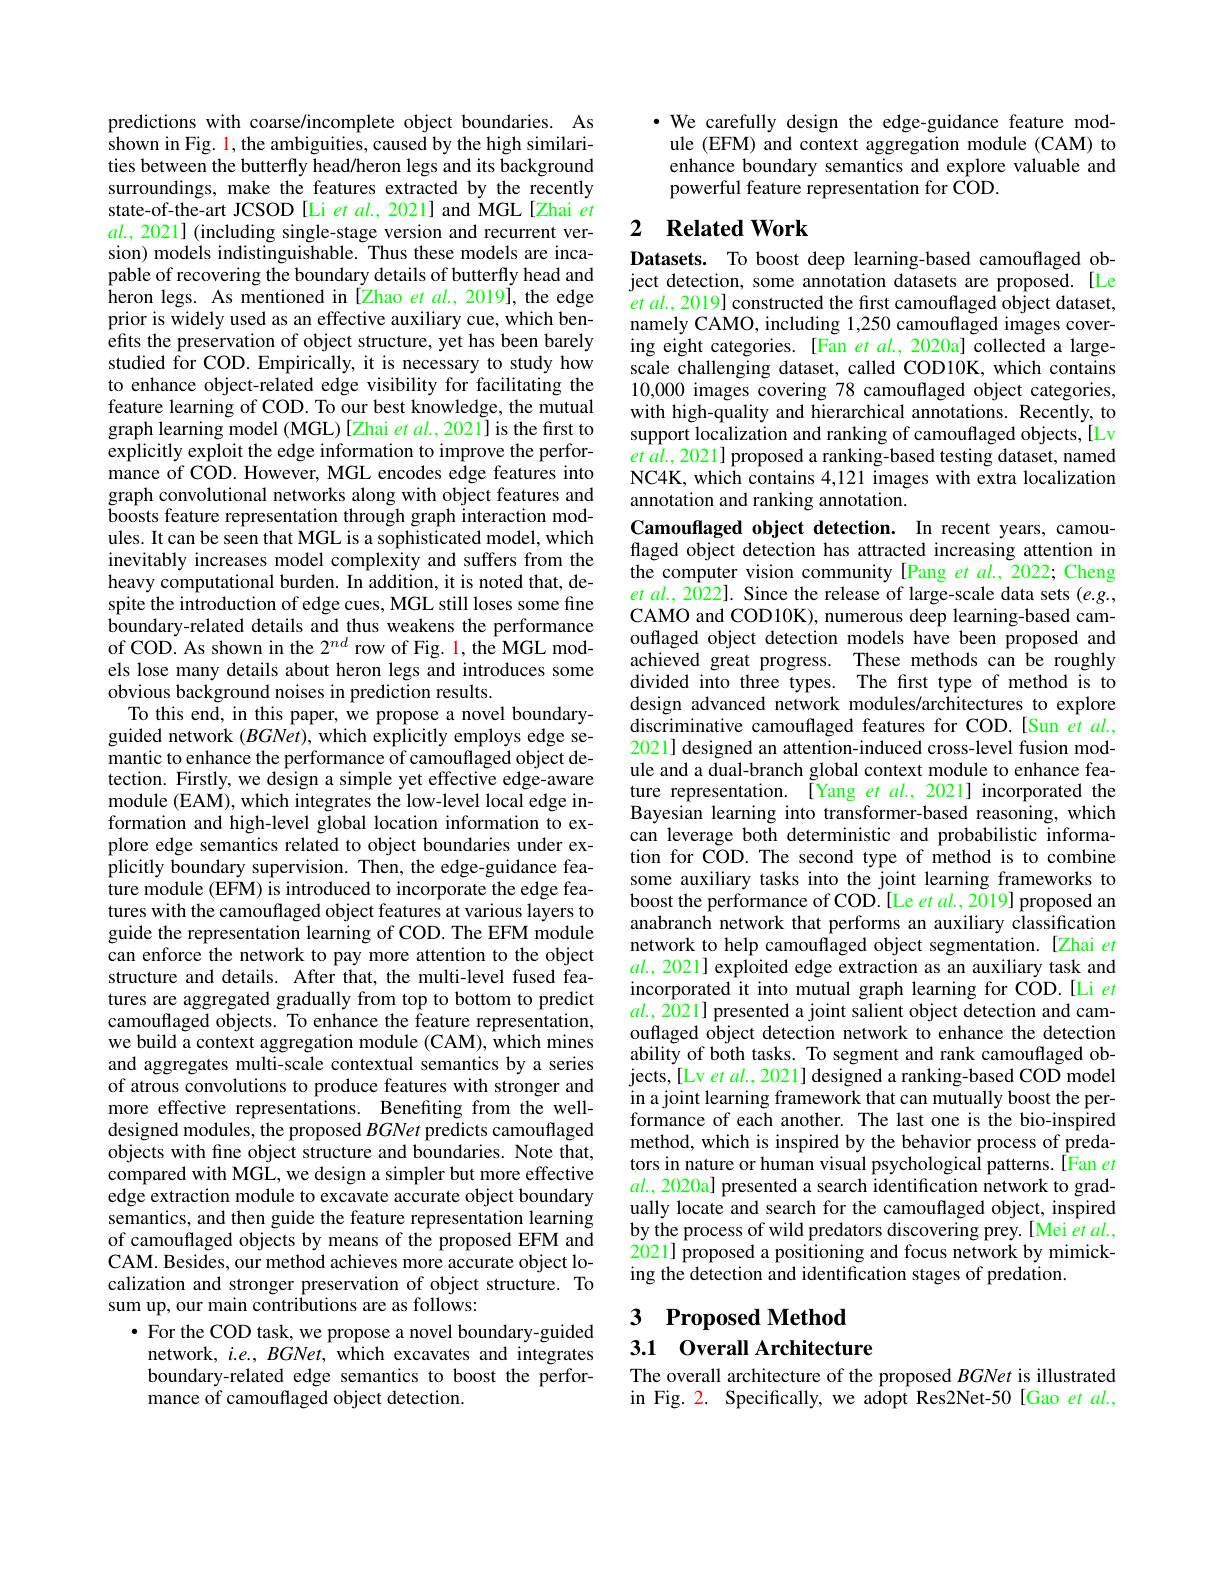
predictions with coarse/incomplete object boundaries. As shown in Fig. 1, the ambiguities, caused by the high similarities between the butterfly head/heron legs and its background surroundings, make the features extracted by the recently state-of-the-art JCSOD [Li et $al.$, 2021] and MGL[Zhai et $al.,2021]$ (including single-stage version and recurrent version) models indistinguishable. Thus these models are incapable of recovering the boundary details of butterfly head and $\hat{h}$eron legs. As mentioned in [ Zhao et al. , 2019] , the edge prior is widely used as an effective auxiliary cue, which benefits the preservation of object structure, yet has been barely studied for COD. Empirically, it is necessary to study how to enhance object-related edge visibility for facilitating the feature learning of COD. To our best knowledge, the mutual graph learning model (MGL)[Zhai et al., 2021] is the first to explicitly exploit the edge information to improve the performance of COD. However, MGL encodes edge features into graph convolutional networks along with object features and boosts feature representation through graph interaction modules. It can be seen that MGL is a sophisticated model, which inevitably increases model complexity and suffers from the heavy computational burden. In addition, it is noted that, despite the introduction of edge cues, MGL still loses some fine boundary-related details and thus weakens the performance of COD. As shown in the $2^{nd}$ row of Fig. 1, the MGL models lose many details about heron legs and introduces some obvious background noises in prediction results.
To this end, in this paper, we propose a novel boundaryguided network $(BGNet)$, which explicitly employs edge semantic to enhance the performance of camouflaged object detection. Firstly, we design a simple yet effective edge-aware module (EAM), which integrates the low-level local edge information and high-level global location information to explore edge semantics related to object boundaries under explicitly boundary supervision. Then, the edge-guidance feature module (EFM) is introduced to incorporate the edge features with the camouflaged object features at various layers to guide the representation learning of COD. The EFM module can enforce the network to pay more attention to the object structure and details. After that, the multi-level fused features are aggregated gradually from top to bottom to predict camouflaged objects. To enhance the feature representation, we build a context aggregation module (CAM), which mines and aggregates multi-scale contextual semantics by a series of atrous convolutions to produce features with stronger and more effective representations. Benefiting from the welldesigned modules, the proposed BGNet predicts camouflaged objects with fine object structure and boundaries. Note that, compared with MGL, we design a simpler but more effective edge extraction module to excavate accurate object boundary semantics, and then guide the feature representation learning of camouflaged objects by means of the proposed EFM and CAM. Besides, our method achieves more accurate object localization and stronger preservation of object structure. To sum up, our main contributions are as follows:
$\bullet$ For the COD task, we propose a novel boundary-guided
network, $i.e.,BGNet$, which excavates and integrates

boundary-related edge semantics to boost the perfor-
mance of camouflaged object detection.

·We carefully design the edge-guidance feature module (EFM) and context aggregation module (CAM) to enhance boundary semantics and explore valuable and powerful feature representation for $\hat{\mathrm{COD}}$

## 2 $\textbf{Related Work}$

Datasets. To boost deep learning-based camouflaged object detection, some annotation datasets are proposed. [Le $et\textit{ al. , 2019}]$ constructed the first camouflaged object dataset, namely CAMO, including 1,250 camouflaged images covering eight categories. [Fan et $al.,2020$a] collected a largescale challenging dataset, called COD10K, which contains 10,0000 images covering 78 camouflaged object categories, with high-quality and hierarchical annotations. Recently, to support localization and ranking of camouflaged objects,[Lv] $etal.,2021]$ proposed a ranking-based testing dataset, named NC4K, which contains 4,121 images with extra localization annotation and ranking annotation.
Camouflaged object detection. In recent years, camou-

flaged object detection has attracted increasing attention in the computer vision community [Pang et $al.,2022;$ Cheng $etal.,2022].$ Since the release of large-scale data sets (e.g., CAMO and COD10K), numerous deep learning-based camouflaged object detection models have been proposed and achieved great progress. These methods can be roughly divided into three types. The first type of method is to design advanced network modules/architectures to explore discriminative camouflaged features for COD.[Sun et $al.$, 2021]designed an attention-induced cross-level fusion module and a dual-branch global context module to enhance feature representation. [Yang et al., 2021] incorporated the Bayesian learning into transformer-based reasoning, which can leverage both deterministic and probabilistic information for COD. The second type of method is to combine some auxiliary tasks into the joint learning frameworks to boost the performance of COD.[Le et al., 2019] proposed an anabranch network that performs an auxiliary classification network to help camouflaged object segmentation. [Zhai et $al.$ 2021] exploited edge extraction as an auxiliary task and incorporated it into mutual graph learning for COD.[Li et $al.$, 2021] presented a joint salient object detection and camouflaged object detection network to enhance the detection ability of both tasks. To segment and rank camouflaged objects,[Lv et al., 2021] designed a ranking-based COD model in a joint learning framework that can mutually boost the performance of each another. The last one is the bio-inspired method, which is inspired by the behavior process of predators in nature or human visual psychological patterns. [Fan et $al.,2020$a] presented a search identification network to gradually locate and search for the camouflaged object, inspired by the process of wild predators discovering prey. [Mei et $al.$, 2021] proposed a positioning and focus network by mimicking the detection and identification stages of predation
3 Proposed Method

## 3.1 Overall Architecture

The overall architecture of the proposed BGNet is illustrated in Fig. 2. Specifically, we adopt Res2Net-50[Gao et al.,